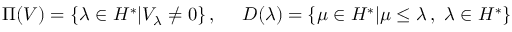
\Pi ( V ) = \{ \lambda \in { \cal H } ^ { * } | V _ { \lambda } \neq 0 \} \, , ~ ~ ~ ~ D ( \lambda ) = \{ \mu \in { \cal H } ^ { * } | \mu \leq \lambda \, , ~ \lambda \in { \cal H } ^ { * } \} \nonumber